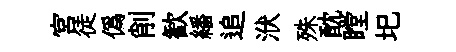
宮徒偽削歓繙追洑殊酖瞠圯